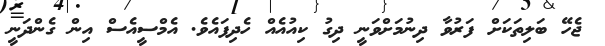
ޖެހޭ ބަލިތަކަށް ފަރުވާ ދިނުމަށްވަނީ ދިގު ކިއުއެއް ހެދިފައެވެ. އެމްސީއެސް އިން ގެންދަނީ